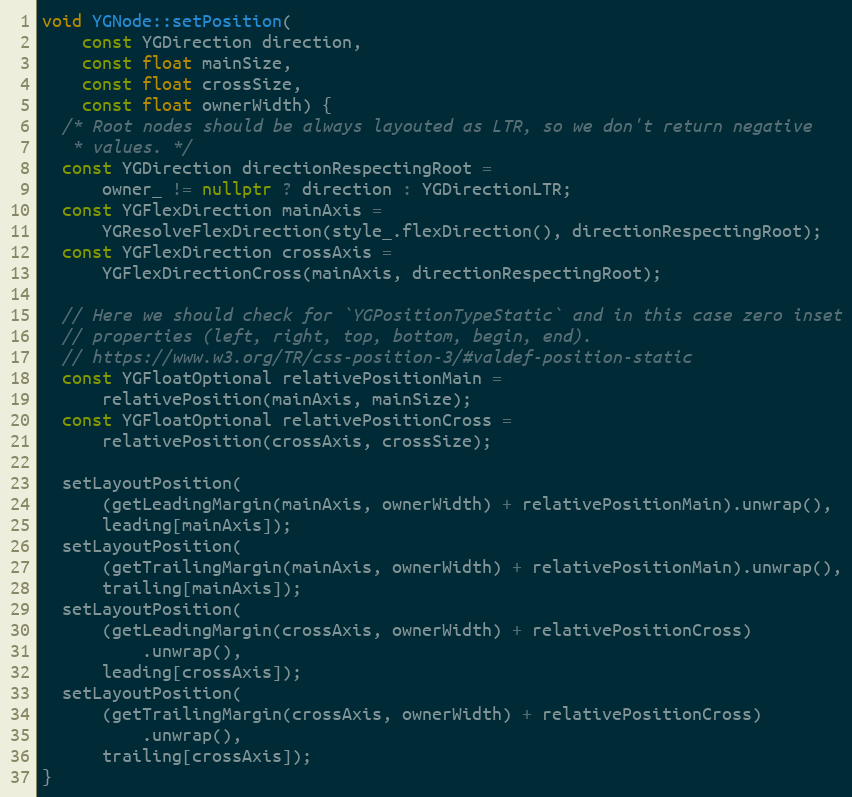
Language: C++
void YGNode::setPosition(
    const YGDirection direction,
    const float mainSize,
    const float crossSize,
    const float ownerWidth) {
  /* Root nodes should be always layouted as LTR, so we don't return negative
   * values. */
  const YGDirection directionRespectingRoot =
      owner_ != nullptr ? direction : YGDirectionLTR;
  const YGFlexDirection mainAxis =
      YGResolveFlexDirection(style_.flexDirection(), directionRespectingRoot);
  const YGFlexDirection crossAxis =
      YGFlexDirectionCross(mainAxis, directionRespectingRoot);

  // Here we should check for `YGPositionTypeStatic` and in this case zero inset
  // properties (left, right, top, bottom, begin, end).
  // https://www.w3.org/TR/css-position-3/#valdef-position-static
  const YGFloatOptional relativePositionMain =
      relativePosition(mainAxis, mainSize);
  const YGFloatOptional relativePositionCross =
      relativePosition(crossAxis, crossSize);

  setLayoutPosition(
      (getLeadingMargin(mainAxis, ownerWidth) + relativePositionMain).unwrap(),
      leading[mainAxis]);
  setLayoutPosition(
      (getTrailingMargin(mainAxis, ownerWidth) + relativePositionMain).unwrap(),
      trailing[mainAxis]);
  setLayoutPosition(
      (getLeadingMargin(crossAxis, ownerWidth) + relativePositionCross)
          .unwrap(),
      leading[crossAxis]);
  setLayoutPosition(
      (getTrailingMargin(crossAxis, ownerWidth) + relativePositionCross)
          .unwrap(),
      trailing[crossAxis]);
}